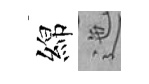
綿迤